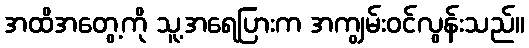
အထိအတွေ့ကို သူ့အရေပြားက အကျွမ်းဝင်လွန်းသည်။